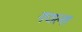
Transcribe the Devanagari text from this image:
गजल्स